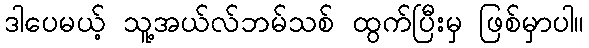
ဒါပေမယ့် သူ့အယ်လ်ဘမ်သစ် ထွက်ပြီးမှ ဖြစ်မှာပါ။